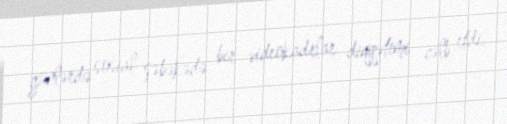
günlərdə sosial şəbəkədə bir videokadrlar diqqətimi cəlb etdi.